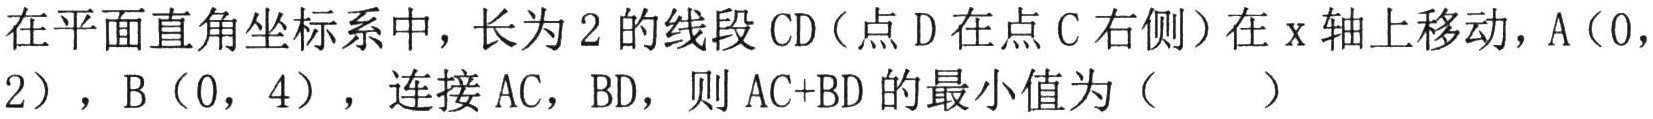
在平面直角坐标系中，长为 \(2\) 的线段 \(CD\)（点 \(D\) 在点 \(C\) 右侧）在 \(x\) 轴上移动，\(A(0,2)\)，\(B(0,4)\)，连接 \(AC\)，\(BD\)，则 \(AC + BD\) 的最小值为（  ）